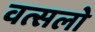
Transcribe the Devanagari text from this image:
वत्सलो